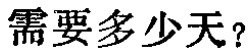
需要多少天？